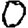
Digit: 0